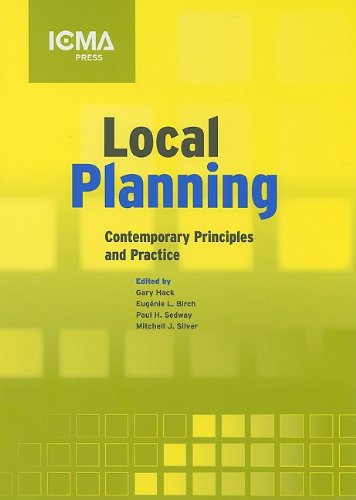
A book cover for Local Planning: Contemporary Principles and Practice; Business & Money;